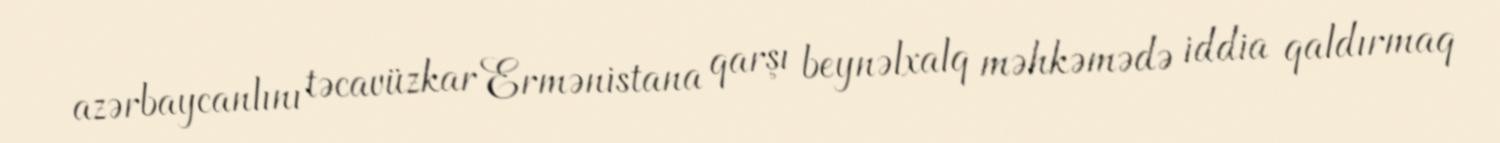
azərbaycanlını təcavüzkar Ermənistana qarşı beynəlxalq məhkəmədə iddia qaldırmaq